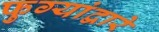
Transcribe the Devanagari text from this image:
फुग्यांद्वारे